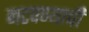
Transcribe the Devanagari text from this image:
नटवण्याची